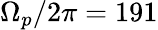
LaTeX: \Omega_{p}/2\pi=191